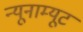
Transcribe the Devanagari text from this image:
न्यूनाम्यूट